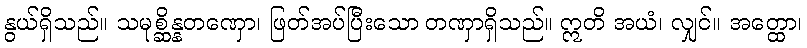
နွယ်ရှိသည်။ သမုစ္ဆိန္နတဏှော၊ ဖြတ်အပ်ပြီးသော တဏှာရှိသည်။ ဣတိ အယံ၊ လျှင်။ အတ္ထော၊